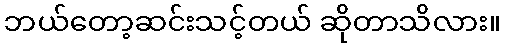
ဘယ်တော့ဆင်းသင့်တယ် ဆိုတာသိလား။